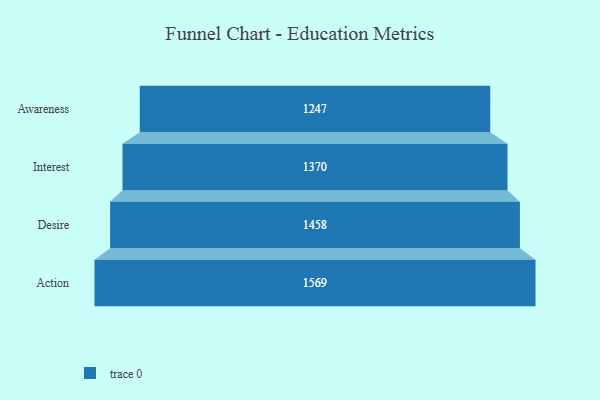
{"axis": {"x": "Stage", "y": "Value"}, "legend": [""], "data": [{"x": "Awareness", "y": 1247.0, "type": ""}, {"x": "Interest", "y": 1370.0, "type": ""}, {"x": "Desire", "y": 1458.0, "type": ""}, {"x": "Action", "y": 1569.0, "type": ""}]}